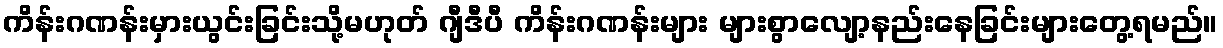
ကိန်းဂဏန်းမှားယွင်းခြင်းသို့မဟုတ် ဂျီဒီပီ ကိန်းဂဏန်းများ များစွာလျော့နည်းနေခြင်းများတွေ့ရမည်။